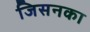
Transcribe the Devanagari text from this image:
जिसनका